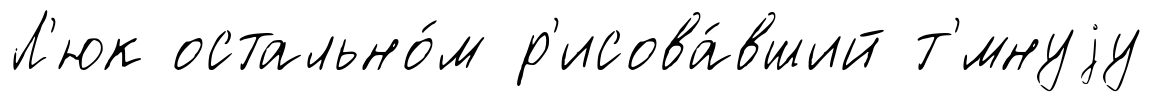
Л'юк остально́м р'исова́вший т'́мнуjу